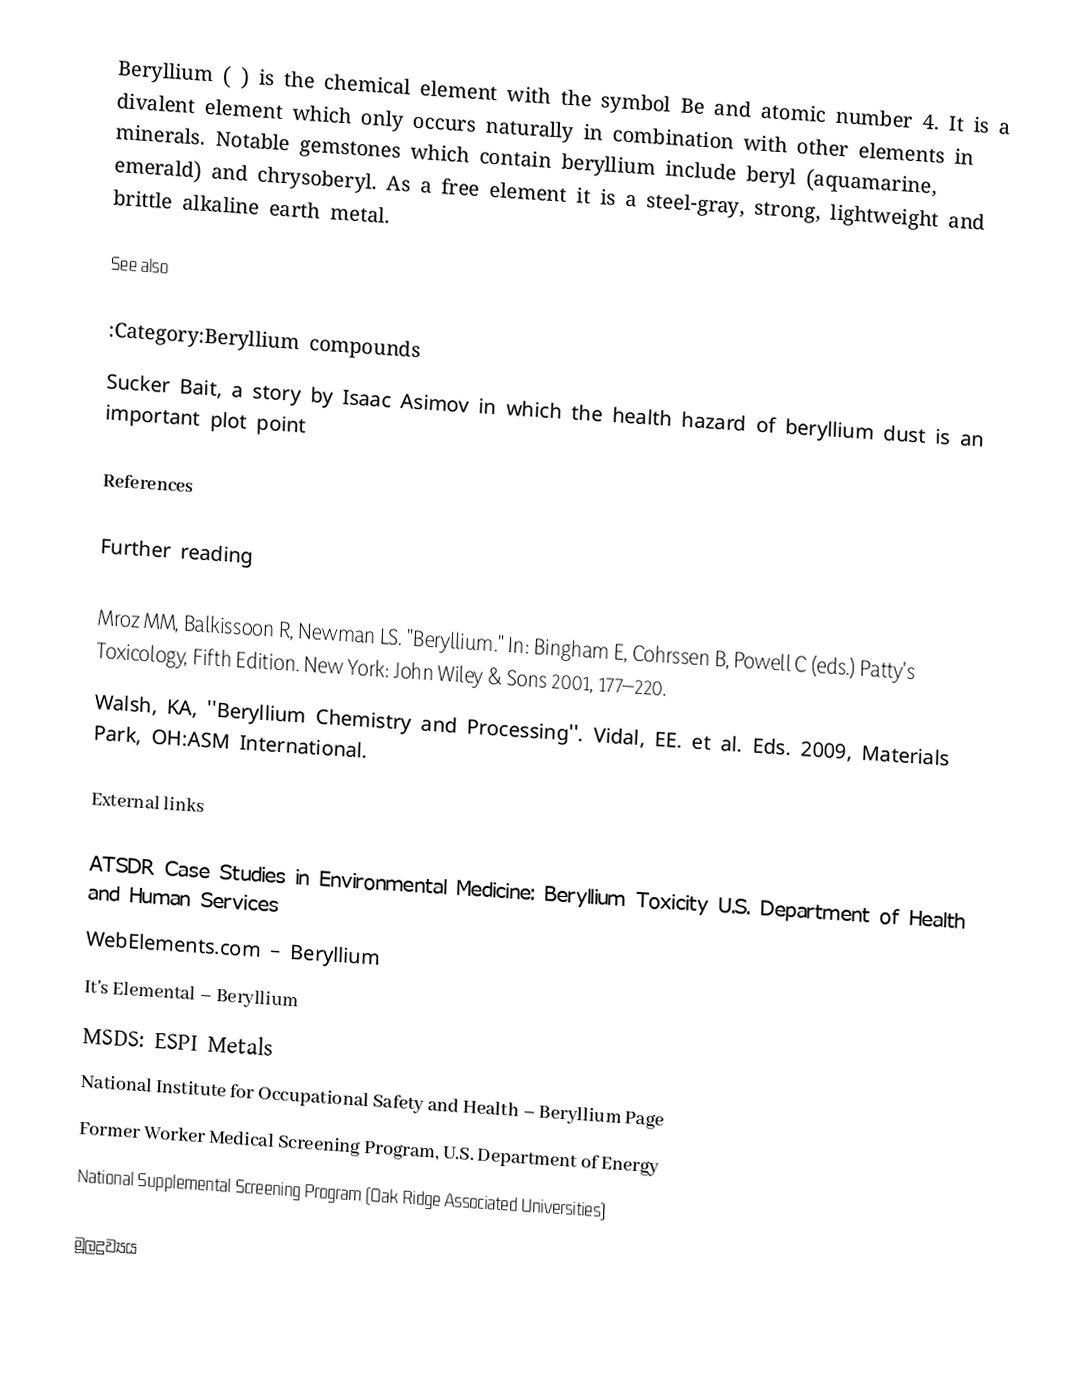
Beryllium ( ) is the chemical element with the symbol Be and atomic number 4. It is a divalent element which only occurs naturally in combination with other elements in minerals. Notable gemstones which contain beryllium include beryl (aquamarine, emerald) and chrysoberyl. As a free element it is a steel-gray, strong, lightweight and brittle alkaline earth metal.

See also

 :Category:Beryllium compounds
 Sucker Bait, a story by Isaac Asimov in which the health hazard of beryllium dust is an important plot point

References

Further reading

 Mroz MM, Balkissoon R, Newman LS. "Beryllium." In: Bingham E, Cohrssen B, Powell C (eds.) Patty's Toxicology, Fifth Edition. New York: John Wiley & Sons 2001, 177–220.
 Walsh, KA, ''Beryllium Chemistry and Processing''. Vidal, EE. et al. Eds. 2009, Materials Park, OH:ASM International.

External links

 ATSDR Case Studies in Environmental Medicine: Beryllium Toxicity U.S. Department of Health and Human Services
 WebElements.com – Beryllium
 It's Elemental – Beryllium
 MSDS: ESPI Metals
 National Institute for Occupational Safety and Health – Beryllium Page
 Former Worker Medical Screening Program, U.S. Department of Energy
 National Supplemental Screening Program (Oak Ridge Associated Universities)

මූලද්‍රව්‍යය